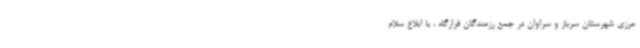
مرزی شهرستان سرباز و سراوان در جمع رزمندگان قرارگاه ، با ابلاغ سلام